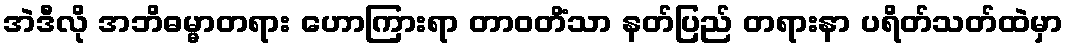
အဲဒီလို အဘိဓမ္မာတရား ဟောကြားရာ တာဝတိံသာ နတ်ပြည် တရားနာ ပရိတ်သတ်ထဲမှာ